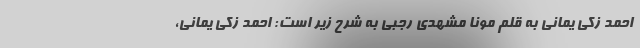
احمد زکی یمانی به قلم مونا مشهدی رجبی به شرح زیر است: احمد زکی یمانی،